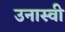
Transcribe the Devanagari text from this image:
उनास्वी